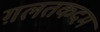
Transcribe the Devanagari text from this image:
ग़लतकदम